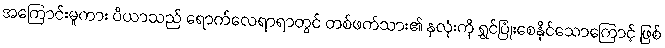
အကြောင်းမူကား ပီယာသည် ရောက်လေရာရာတွင် တစ်ဖက်သား၏ နှလုံးကို ရွှင်ပြုံးစေနိုင်သောကြောင့် ဖြစ်